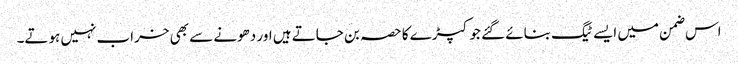
اس ضمن میں ایسے ٹیگ بنائے گئے جو کپڑے کا حصہ بن جاتے ہیں اور دھونے سے بھی خراب نہیں ہوتے۔